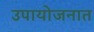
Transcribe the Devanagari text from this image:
उपायोजनात